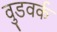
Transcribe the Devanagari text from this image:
वुडवर्क